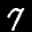
Label: 7